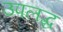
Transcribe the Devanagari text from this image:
उपलद्ध